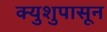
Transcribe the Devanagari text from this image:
क्युशुपासून